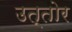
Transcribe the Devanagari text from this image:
उत्तोर